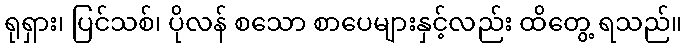
ရုရှား၊ ပြင်သစ်၊ ပိုလန် စသော စာပေများနှင့်လည်း ထိတွေ့ ရသည်။